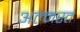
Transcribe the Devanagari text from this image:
अल्मस्त